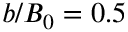
b / B _ { 0 } = 0 . 5